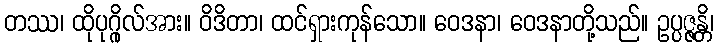
တဿ၊ ထိုပုဂ္ဂိုလ်အား။ ဝိဒိတာ၊ ထင်ရှားကုန်သော။ ဝေဒနာ၊ ဝေဒနာတို့သည်။ ဥပ္ပဇ္ဇန္တိ၊